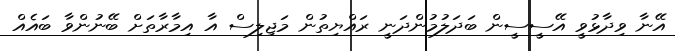
އޭނާ ވިދާޅުވީ އޭސީސީން ބަދަލުމުންދަނީ ރައްޔިތުން މަޖިލިސް އާ އިމާރާތަށް ބޭނުންވާ ބައެއް